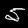
Digit: 5